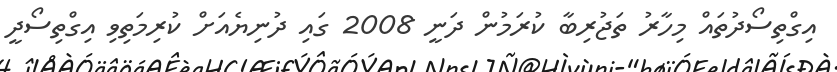
އިގްތިސޯދުތައް މިހާރު ތަޖުރިބާ ކުރަމުން ދަނީ 2008 ގައި ދުނިޔެއަށް ކުރިމަތިވި އިގްތިސޯދީ